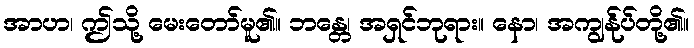
အာဟ၊ ဤသို့ မေးတော်မူ၏။ ဘန္တေ၊ အရှင်ဘုရား။ နော၊ အကျွန်ုပ်တို့၏။